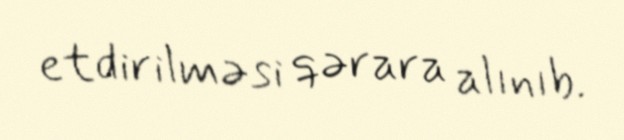
etdirilməsi qərara alınıb.